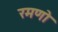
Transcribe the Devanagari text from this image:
रमणो